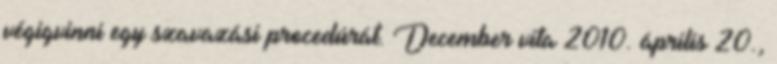
végigvinni egy szavazási procedúrát. December vita 2010. április 20.,